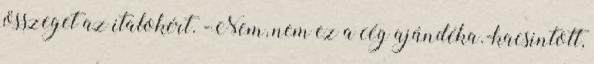
összeget az italokért. -Nem, nem ez a cég ajándéka.-kacsintott,